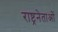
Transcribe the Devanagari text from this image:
राष्ट्रनेताओं